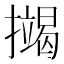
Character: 𢷒